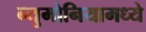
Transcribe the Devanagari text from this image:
न्युमोनियामध्ये